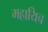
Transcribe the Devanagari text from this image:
महायिच